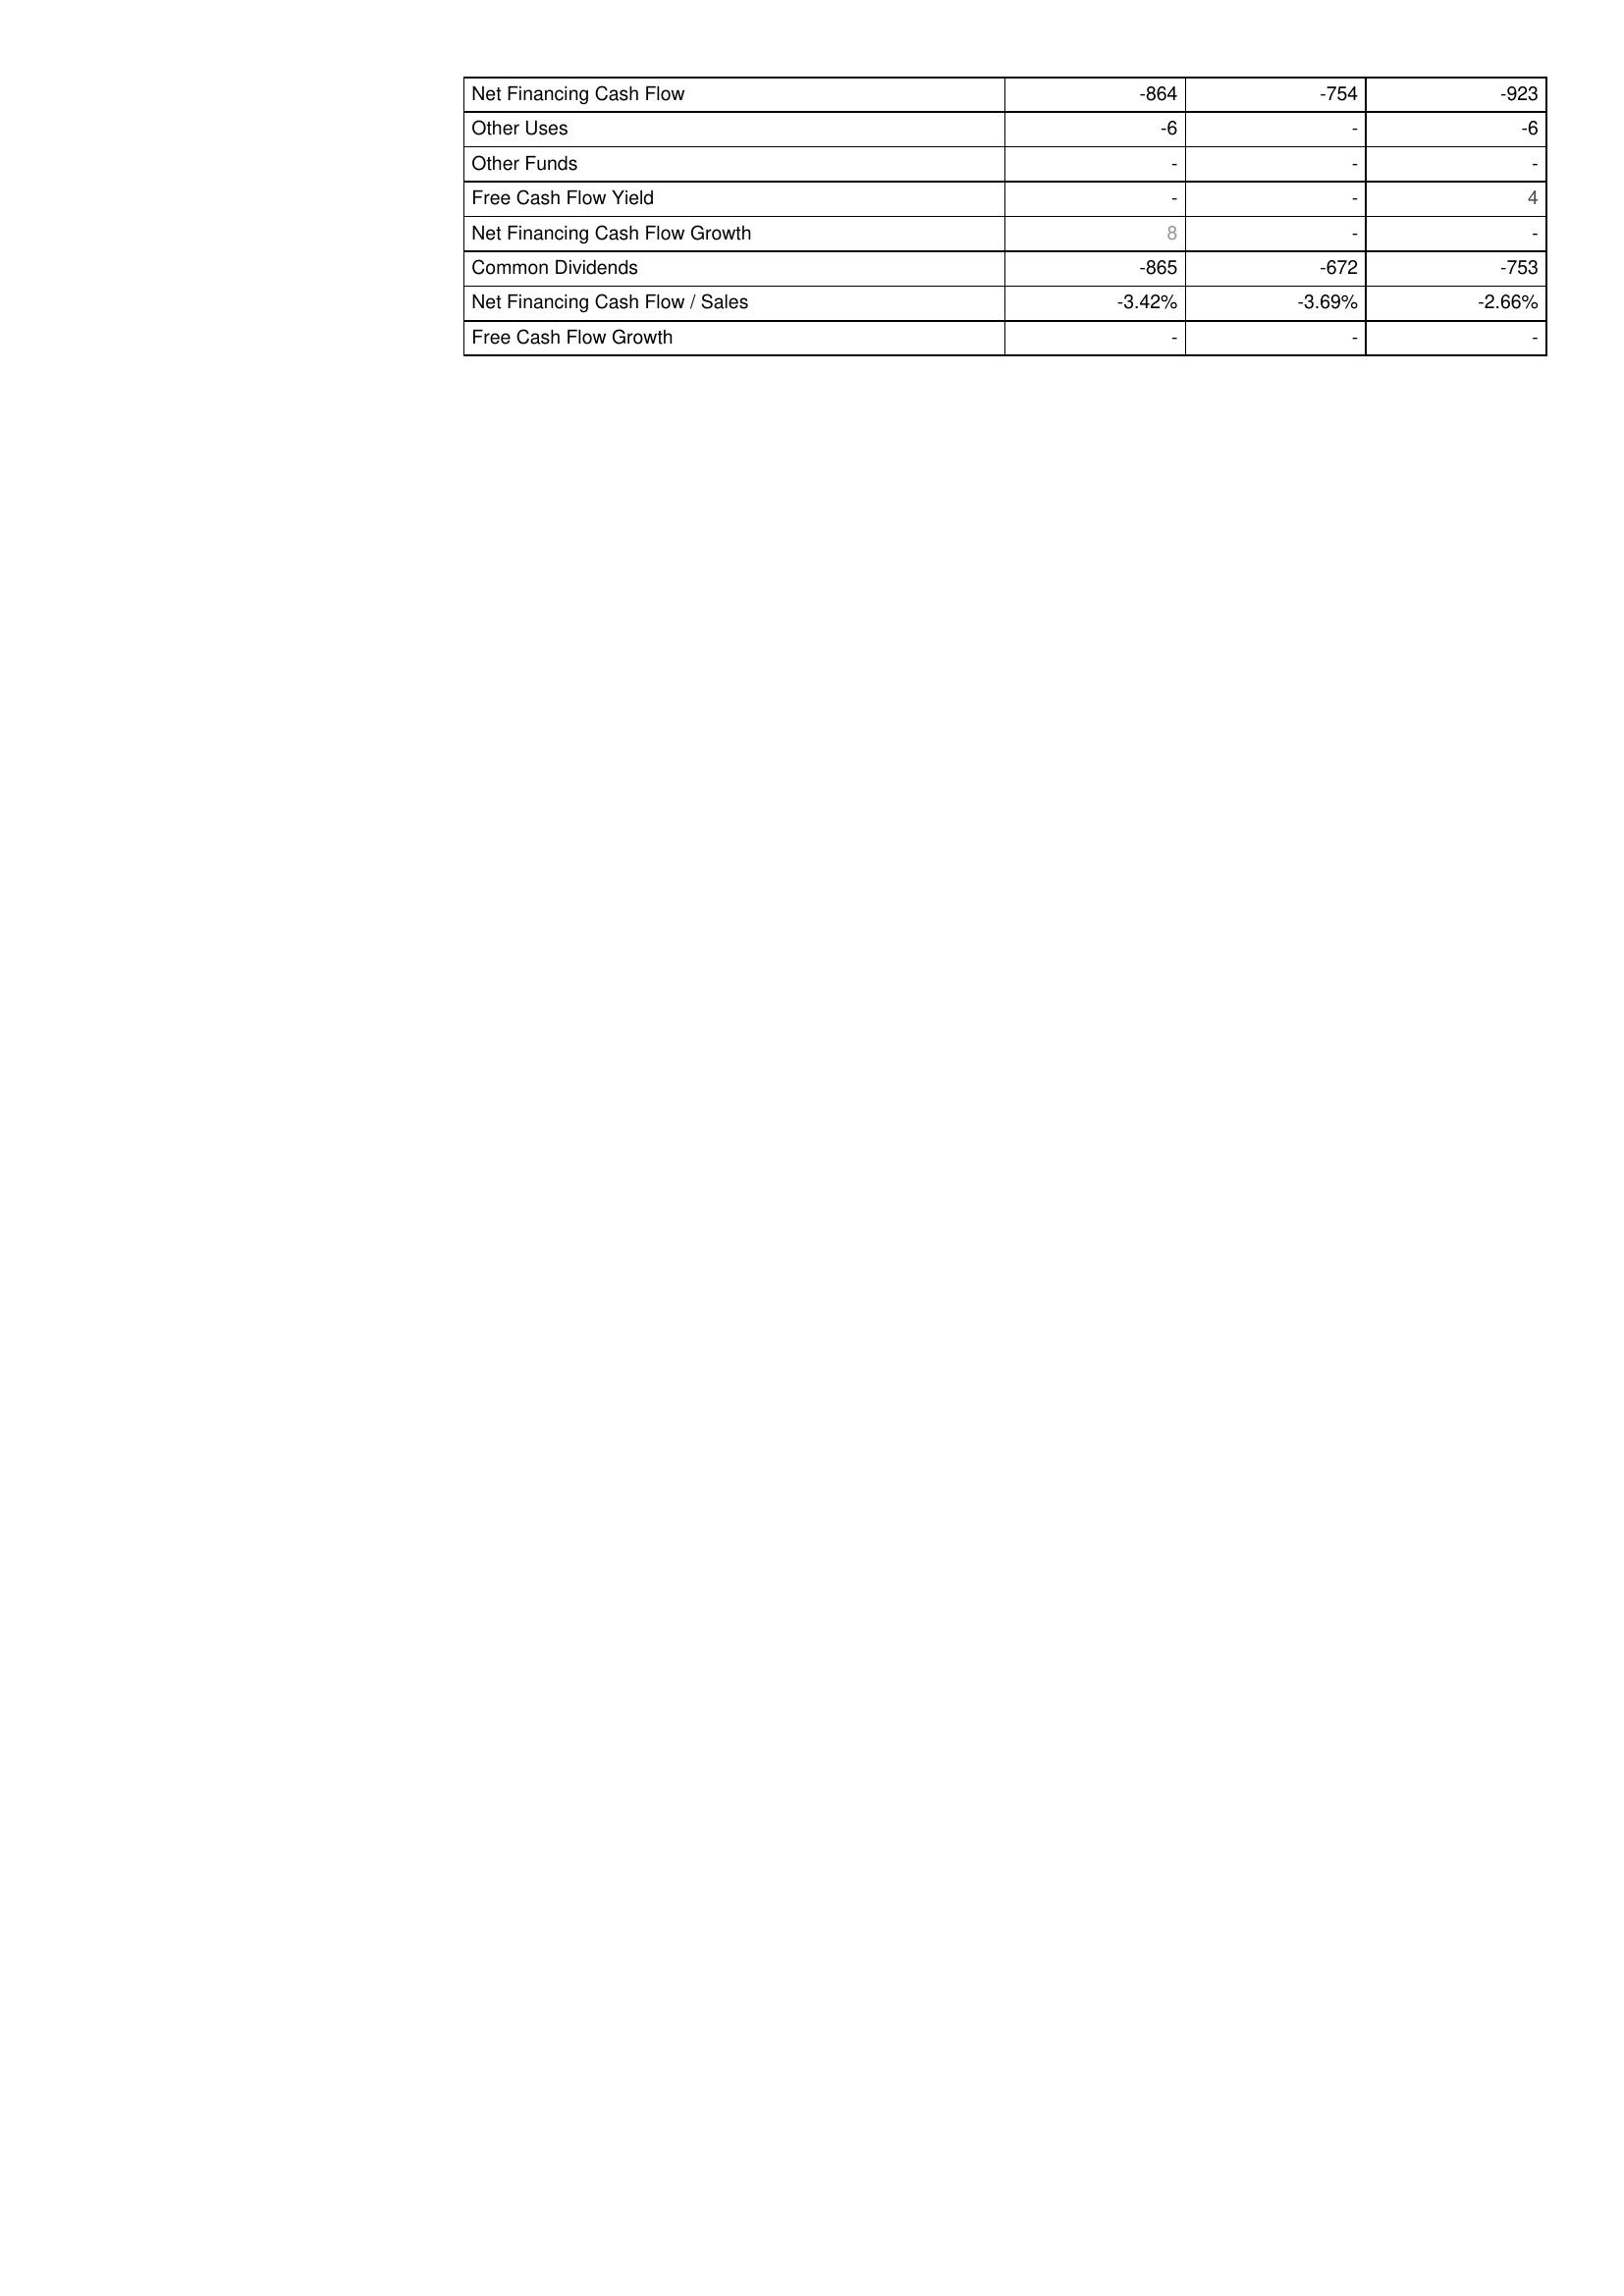
2012: Financing Activities: Net Financing Cash Flow: -864
Other Uses: -6
Other Funds: -
Free Cash Flow Yield: -
Net Financing Cash Flow Growth: 8
Common Dividends: -865
Net Financing Cash Flow / Sales: -3.42%
Free Cash Flow Growth: -
2013: Financing Activities: Net Financing Cash Flow: -754
Other Uses: -
Other Funds: -
Free Cash Flow Yield: -
Net Financing Cash Flow Growth: -
Common Dividends: -672
Net Financing Cash Flow / Sales: -3.69%
Free Cash Flow Growth: -
2014: Financing Activities: Net Financing Cash Flow: -923
Other Uses: -6
Other Funds: -
Free Cash Flow Yield: 4
Net Financing Cash Flow Growth: -
Common Dividends: -753
Net Financing Cash Flow / Sales: -2.66%
Free Cash Flow Growth: -